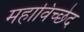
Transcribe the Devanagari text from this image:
महाविच्छेद